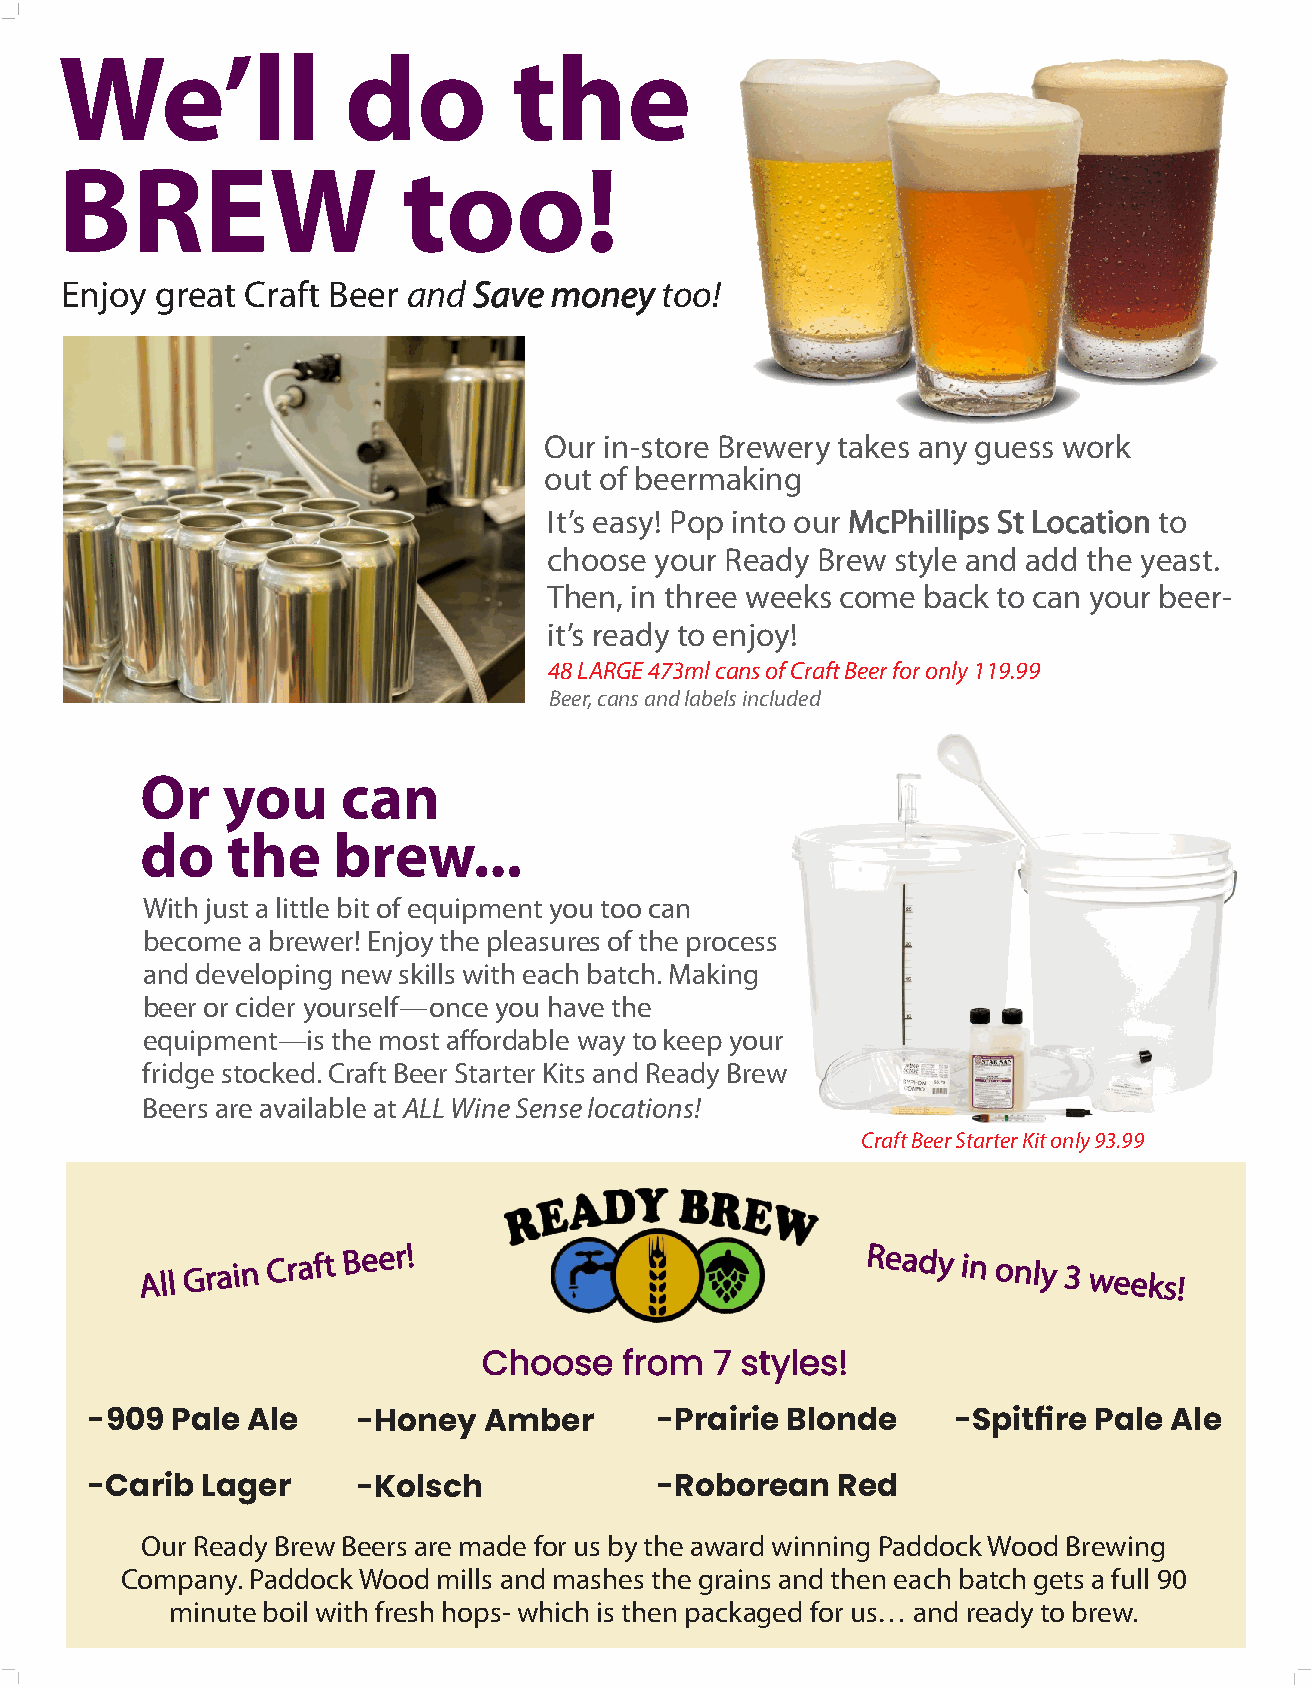
|
 _
 We’ll              do         the
 BREW                   too!
 Enjoy great Craft Beer and Save money   too!
 Our in-store Brewery takes any guess work
 out of beermaking
 It’s easy! Pop into our McPhillips St Location to
 choose your Ready Brew style and add the yeast.
 Then, in three weeks come back to can your beer-
 it’s ready to enjoy!
 48 LARGE 473ml cans of Craft Beer for only 119.99
 Beer, cans and labels included
 Or    you     can
 do    the    brew...
 With just a little bit of equipment you too can
 become a brewer! Enjoy the pleasures of the process
 and developing new skills with each batch. Making
 beer or cider yourself—once you have the
 equipment—is the most affordable way to keep your
 fridge stocked. Craft Beer Starter Kits and Ready Brew
 Beers are available at ALL Wine Sense locations!
 Craft Beer Starter Kit only 93.99
 All Grain Craft
 Beer!                             Ready
 in only 3 weeks!
 Choose   from  7 styles!
 -909 Pale Ale     -Honey  Amber      -Prairie Blonde     -Spitfire Pale Ale
 -Carib Lager      -Kolsch            -Roborean   Red
 Our Ready Brew Beers are made for us by the award winning Paddock Wood Brewing
 Company. Paddock Wood mills and mashes the grains and then each batch gets a full 90
 minute boil with fresh hops- which is then packaged for us… and ready to brew.
 _
 |
 _
 |
 |_